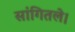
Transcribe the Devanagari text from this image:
सांगितले।